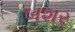
બશર